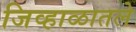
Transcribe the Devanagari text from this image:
जिव्हाळातले